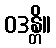
ဝဒန္တိ။